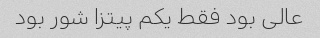
عالی بود فقط یکم پیتزا شور بود